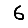
Digit: 6